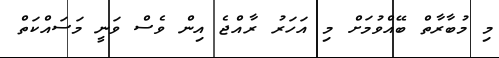
މި މުބާރާތް ބޭއްވުމަށް މި އަހަރު ރާއްޖެ އިން ވެސް ވަނީ މަސައްކަތް